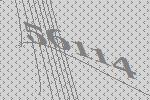
56114